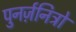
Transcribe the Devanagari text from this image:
पुनर्ज़नित्रों